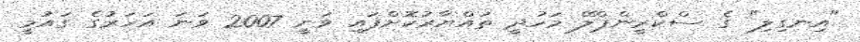
"އިނގިލި" ގެ ސްކްރީންޕްލޭ މަހުދީ ތައްޔާރުކޮށްފައި ވަނީ 2007 ވަނަ އަހަރުގެ ގައުމީ